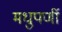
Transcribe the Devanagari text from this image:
मधुपर्णी